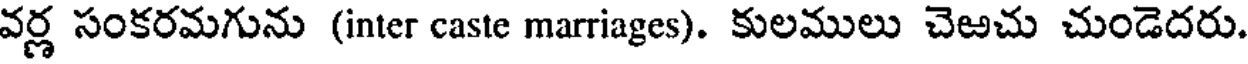
వర్ణ సంకరమగును (inter caste marriages). కులములు చెఱచు చుండెదరు.